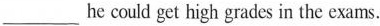
___ he could get high grades in the exams.